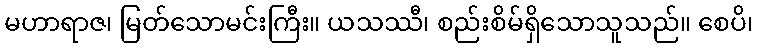
မဟာရာဇ၊ မြတ်သောမင်းကြီး။ ယသဿီ၊ စည်းစိမ်ရှိသောသူသည်။ စေပိ၊